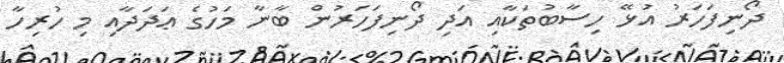
ދޯނިފަހަރު އުޅޭ ހިސާބުތަކާއި އަދި ދޯނިފަހަރުން ބާނާ މަހުގެ ޢަދަދާއި މި ހުރިހާ